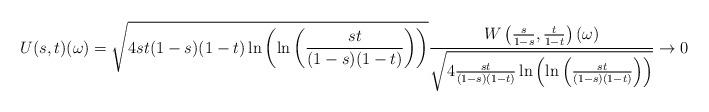
LaTeX: \begin{align*} U(s,t)(\omega) = \sqrt{4st(1-s)(1-t) \ln\left(\ln\left(\frac{st}{(1-s)(1-t)}\right)\right)} \frac{W\left(\frac{s}{1-s}, \frac{t}{1-t} \right)(\omega)} {\sqrt{4 \frac{st}{(1-s)(1-t)} \ln\left(\ln\left(\frac{st}{(1-s)(1-t)}\right)\right)}} \to 0 \end{align*}